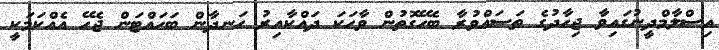
އިސްލާމްދީނުގައިވާ ޖިހާދުގެ ތަސައްވުރާ ބެހޭގޮތުން ވާހަކަ ދައްކާއިރު ހަނދާން ބަހައްޓަން ޖެހޭ އެއްކަމަކީ